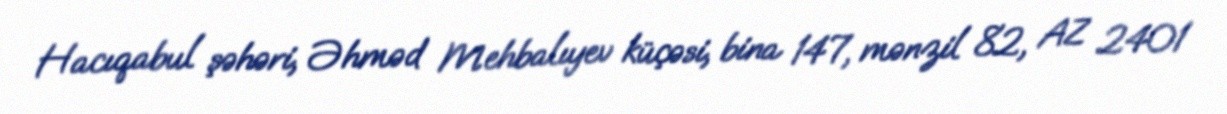
Hacıqabul şəhəri, Əhməd Mehbalıyev küçəsi, bina 147, mənzil 82, AZ 2401